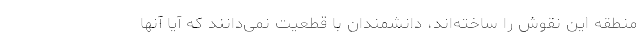
منطقه این نقوش را ساخته‌اند، دانشمندان با قطعیت نمی‌دانند که آیا آنها